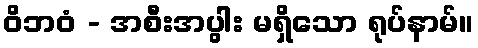
ဝိဘဝံ - အစီးအပွါး မရှိသော ရုပ်နာမ်။